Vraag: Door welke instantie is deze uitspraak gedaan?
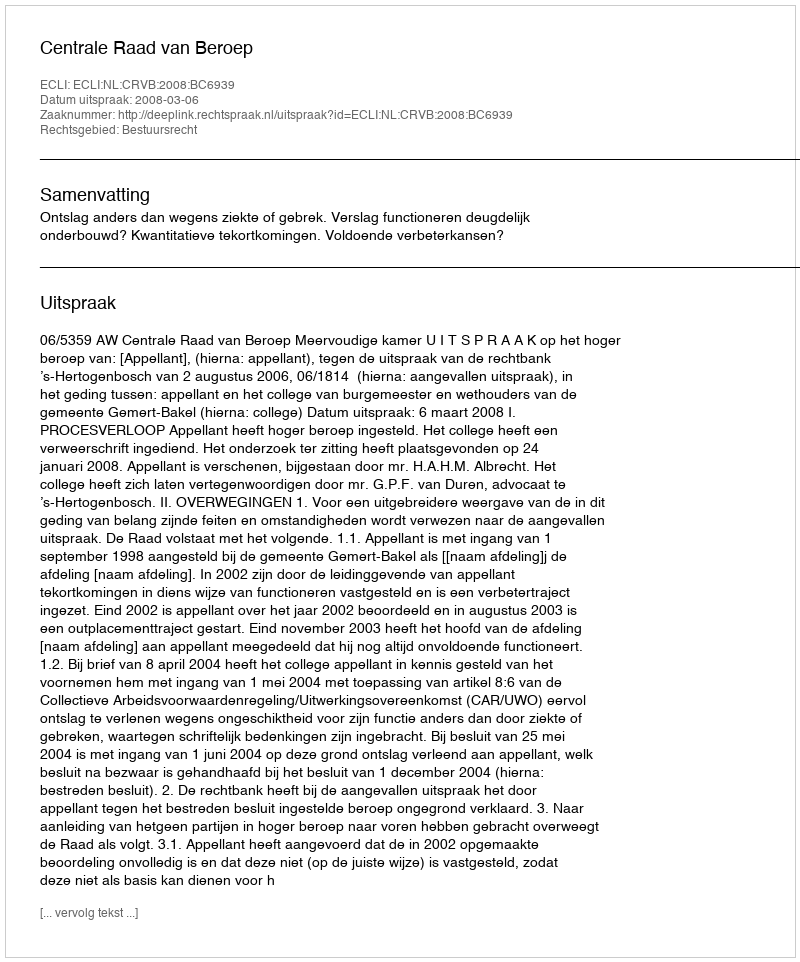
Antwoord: Centrale Raad van Beroep